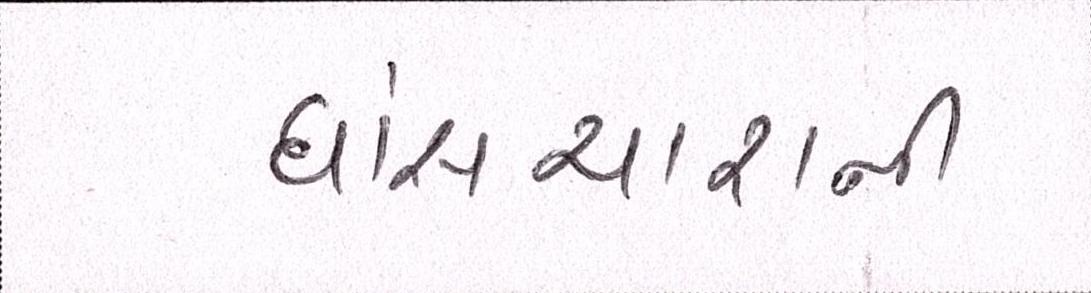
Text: ઘાંસચારાની